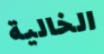
الخالية